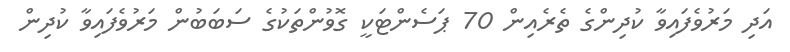
އަދި މަރުވެފައިވާ ކުދިންގެ ތެރެއިން 70 ޕަސެންޓަކީ ގޮވުންތަކުގެ ސަބަބުން މަރުވެފައިވާ ކުދިން